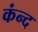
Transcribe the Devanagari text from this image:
कंन्द